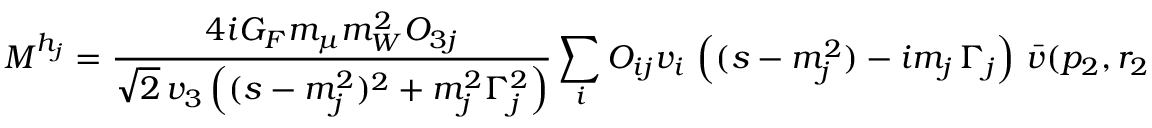
{ \cal M } ^ { h _ { j } } = \frac { 4 i G _ { F } m _ { \mu } m _ { W } ^ { 2 } O _ { 3 j } } { \sqrt { 2 } \, v _ { 3 } \left( ( s - m _ { j } ^ { 2 } ) ^ { 2 } + m _ { j } ^ { 2 } \Gamma _ { j } ^ { 2 } \right) } \sum _ { i } O _ { i j } v _ { i } \, \left( ( s - m _ { j } ^ { 2 } ) - i m _ { j } \, \Gamma _ { j } \right) \, \bar { v } ( p _ { 2 } , r _ { 2 } ) u ( p _ { 1 } , r _ { 1 } ) g _ { \rho \sigma } \epsilon ^ { \rho } \epsilon ^ { \sigma } ,